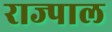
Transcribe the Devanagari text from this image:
राज्पाल